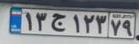
۱۳ج۱۲۳۷۹